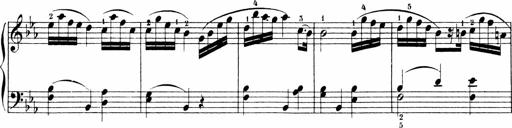
Title: 6 Sonatinas
Composer: Carl Reinecke